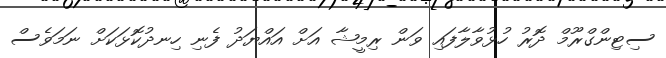
ސިޓިންގްރޫމް ދޮރު ހުޅުވާލާފައި ވަން ރިމީޝާ އަށް އައްޔަދު ފެނި ހިނދުކޮޅަކަށް ނަމަވެސް